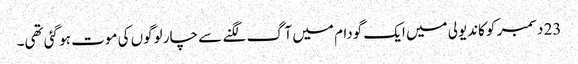
23 دسمبر کو کاندیولی میں ایک گودام میں آگ لگنے سے چار لوگوں کی موت ہو گئی تھی۔